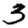
Digit: 3